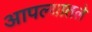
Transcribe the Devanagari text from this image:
आपल्यातले